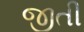
જીતી